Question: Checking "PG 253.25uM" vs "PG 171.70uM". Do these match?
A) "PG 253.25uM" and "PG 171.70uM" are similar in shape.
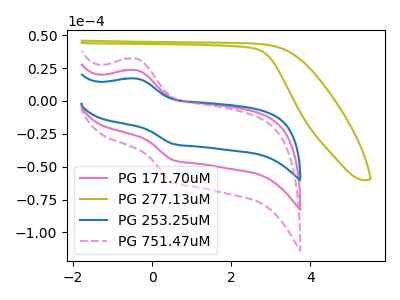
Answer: <think>The pink curve "PG 171.70uM" has an anodic peak at (-0.40V, 23.40uA) and a cathodic peak at (0.55V, -45.10uA). The olive curve "PG 277.13uM" has no peaks. The blue curve "PG 253.25uM" has an anodic peak at (-0.40V, 17.00uA) and a cathodic peak at (0.55V, -32.80uA). The pink dashed curve "PG 751.47uM" has an anodic peak at (-0.40V, 46.75uA) and a cathodic peak at (0.55V, -90.15uA).
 All the peaks in "PG 253.25uM" have a peak in "PG 171.70uM" at the same potential. Every peak in "PG 253.25uM" is lower than every peak in "PG 171.70uM".</think>
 <answer>A) "PG 253.25uM" and "PG 171.70uM" are similar in shape.</answer>
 <eval>A</eval>